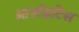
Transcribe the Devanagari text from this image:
आर्त्राइटिस